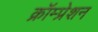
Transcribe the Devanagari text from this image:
क्रॉम्प्रेशन